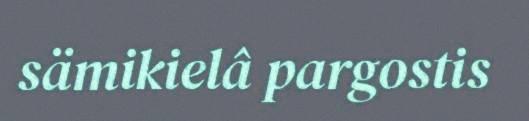
sämikielâ pargostis